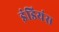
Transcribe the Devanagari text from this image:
इंडियंस